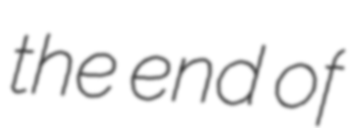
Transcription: the end of